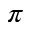
\pi